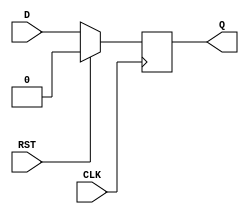
module synchronous_register (
    input wire D,        // Data input
    input wire CLK,      // Clock input
    input wire RST,      // Synchronous reset
    output reg Q         // Data output
);

// Always block triggered on the rising edge of the clock
always @(posedge CLK) begin
    if (RST) begin
        Q <= 1'b0;      // Reset the output to 0 when RST is asserted
    end else begin
        Q <= D;         // Capture the input data on the rising edge of the clock
    end
end

endmodule